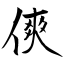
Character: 傸